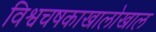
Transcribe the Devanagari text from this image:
विश्वचषकाखालोखाल